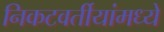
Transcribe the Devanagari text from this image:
निकटवर्तीयांमध्ये